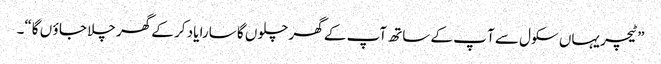
”ٹیچر یہاں سکول سے آ پ کے ساتھ آپ کے گھر چلو ں گا سارا یاد کر کے گھر چلا جا ؤ ں گا“۔